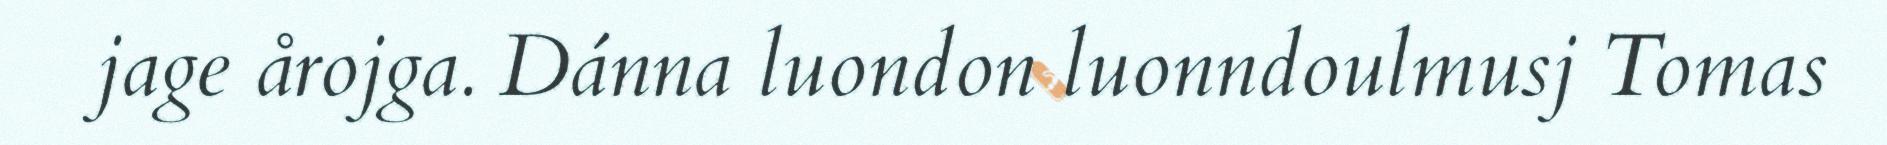
jage årojga. Dánna luondon luonndoulmusj Tomas